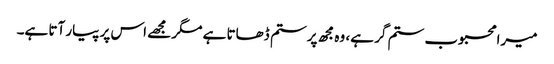
میرا محبوب ستم گر ہے، وہ مجھ پر ستم ڈھاتا ہے مگر مجھے اس پر پیار آتا ہے۔